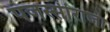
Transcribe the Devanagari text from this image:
पजस्सीराजा